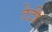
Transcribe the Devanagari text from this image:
टेटी